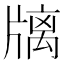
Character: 𤗫